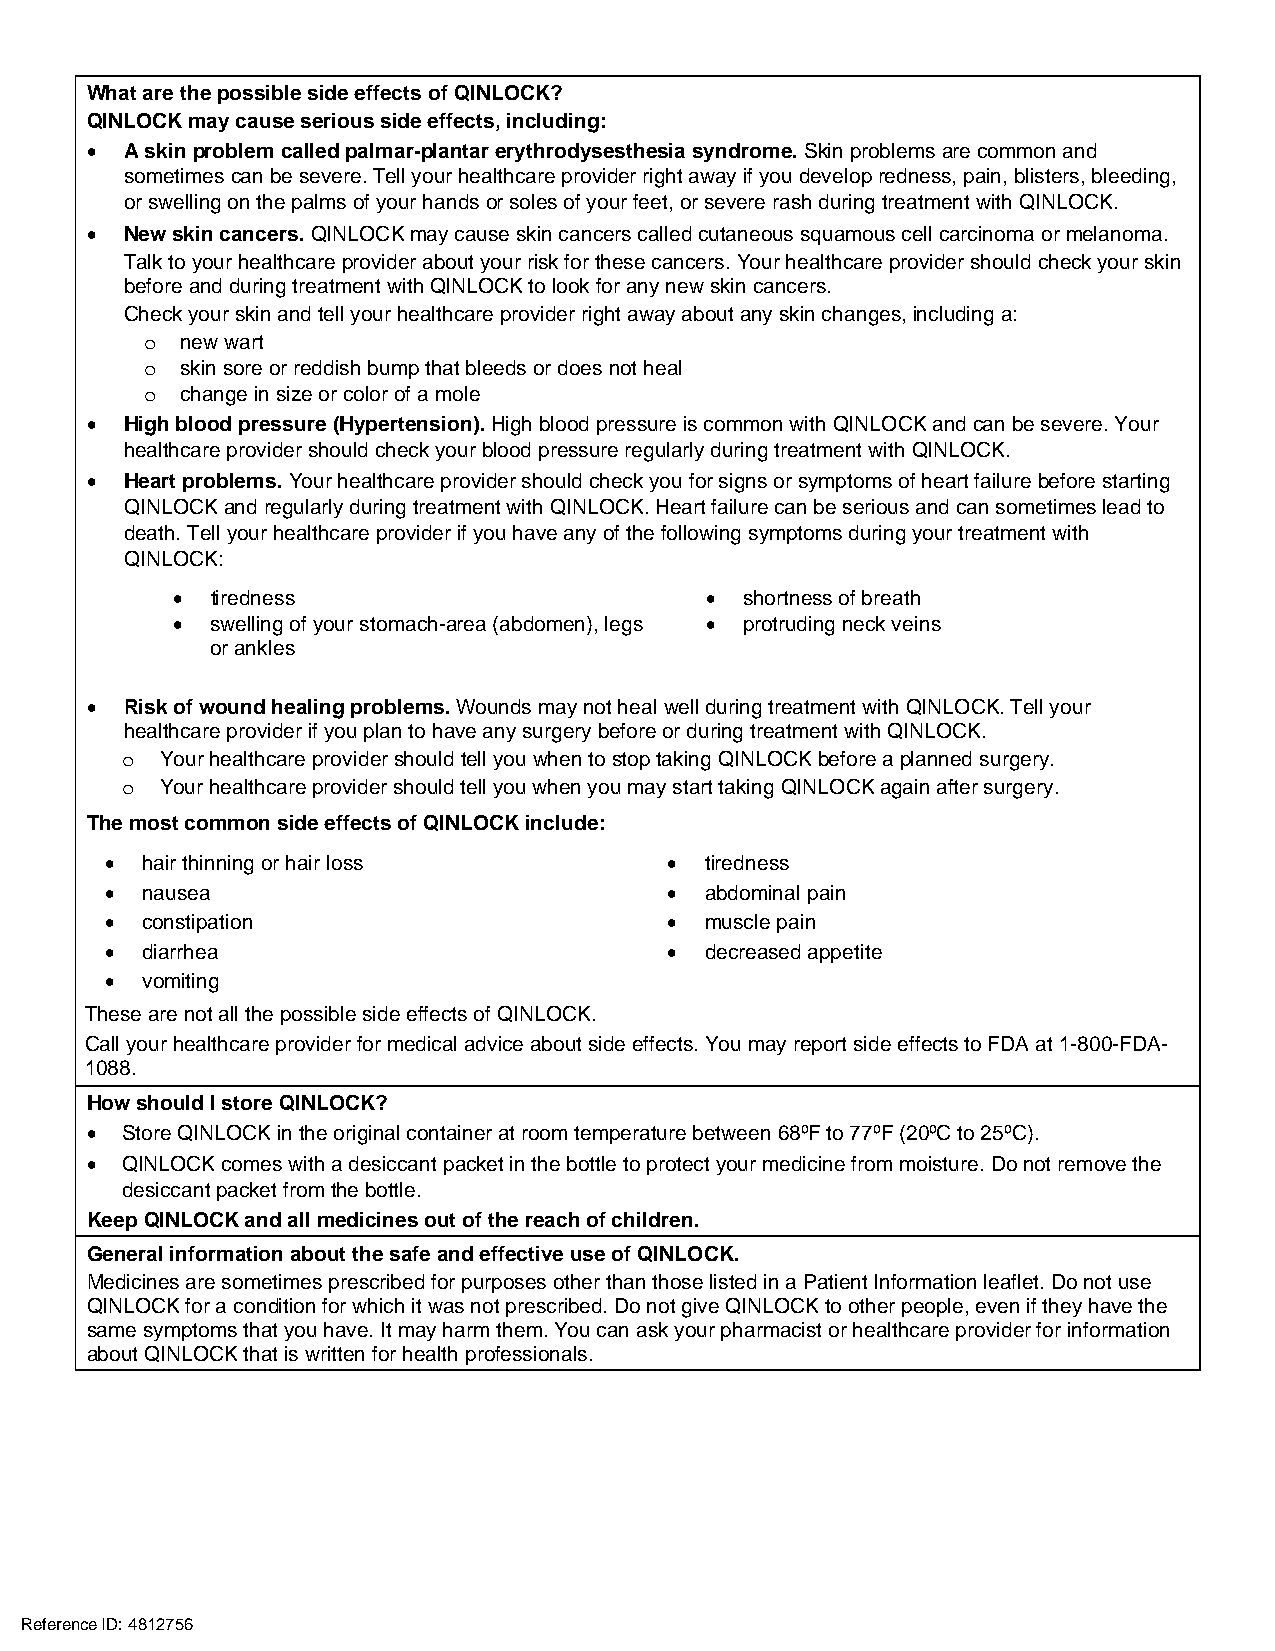
What are the possible side effects of QINLOCK?
 QINLOCK may cause serious side effects, including:
 • A skin problem called palmar-plantar erythrodysesthesia syndrome. Skin problems are common and
 sometimes can be severe. Tell your healthcare provider right away if you develop redness, pain, blisters, bleeding,
 or swelling on the palms of your hands or soles of your feet, or severe rash during treatment with QINLOCK.
 • New skin cancers. QINLOCK may cause skin cancers called cutaneous squamous cell carcinoma or melanoma.
 Talk to your healthcare provider about your risk for these cancers. Your healthcare provider should check your skin
 before and during treatment with QINLOCK to look for any new skin cancers.
 Check your skin and tell your healthcare provider right away about any skin changes, including a:
 new wart
 o
 skin sore or reddish bump that bleeds or does not heal
 o
 change in size or color of a mole
 o
 • High blood pressure (Hypertension). High blood pressure is common with QINLOCK and can be severe. Your
 healthcare provider should check your blood pressure regularly during treatment with QINLOCK.
 • Heart problems. Your healthcare provider should check you for signs or symptoms of heart failure before starting
 QINLOCK and regularly during treatment with QINLOCK. Heart failure can be serious and can sometimes lead to
 death. Tell your healthcare provider if you have any of the following symptoms during your treatment with
 QINLOCK:
 •  tiredness                        • shortness of breath
 •  swelling of your stomach-area (abdomen), legs • protruding neck veins
 or ankles
 • Risk of wound healing problems. Wounds may not heal well during treatment with QINLOCK. Tell your
 healthcare provider if you plan to have any surgery before or during treatment with QINLOCK.
 Your healthcare provider should tell you when to stop taking QINLOCK before a planned surgery.
 o
 Your healthcare provider should tell you when you may start taking QINLOCK again after surgery.
 o
 The most common side effects of QINLOCK include:
 • hair thinning or hair loss         •  tiredness
 • nausea                             •  abdominal pain
 • constipation                       •  muscle pain
 • diarrhea                           •  decreased appetite
 • vomiting
 These are not all the possible side effects of QINLOCK.
 Call your healthcare provider for medical advice about side effects. You may report side effects to FDA at 1-800-FDA-
 1088.
 How should I store QINLOCK?
 • Store QINLOCK in the original container at room temperature between 68ºF to 77ºF (20ºC to 25ºC).
 • QINLOCK comes with a desiccant packet in the bottle to protect your medicine from moisture. Do not remove the
 desiccant packet from the bottle.
 Keep QINLOCK and all medicines out of the reach of children.
 General information about the safe and effective use of QINLOCK.
 Medicines are sometimes prescribed for purposes other than those listed in a Patient Information leaflet. Do not use
 QINLOCK for a condition for which it was not prescribed. Do not give QINLOCK to other people, even if they have the
 same symptoms that you have. It may harm them. You can ask your pharmacist or healthcare provider for information
 about QINLOCK that is written for health professionals.
 Reference ID: 4812756